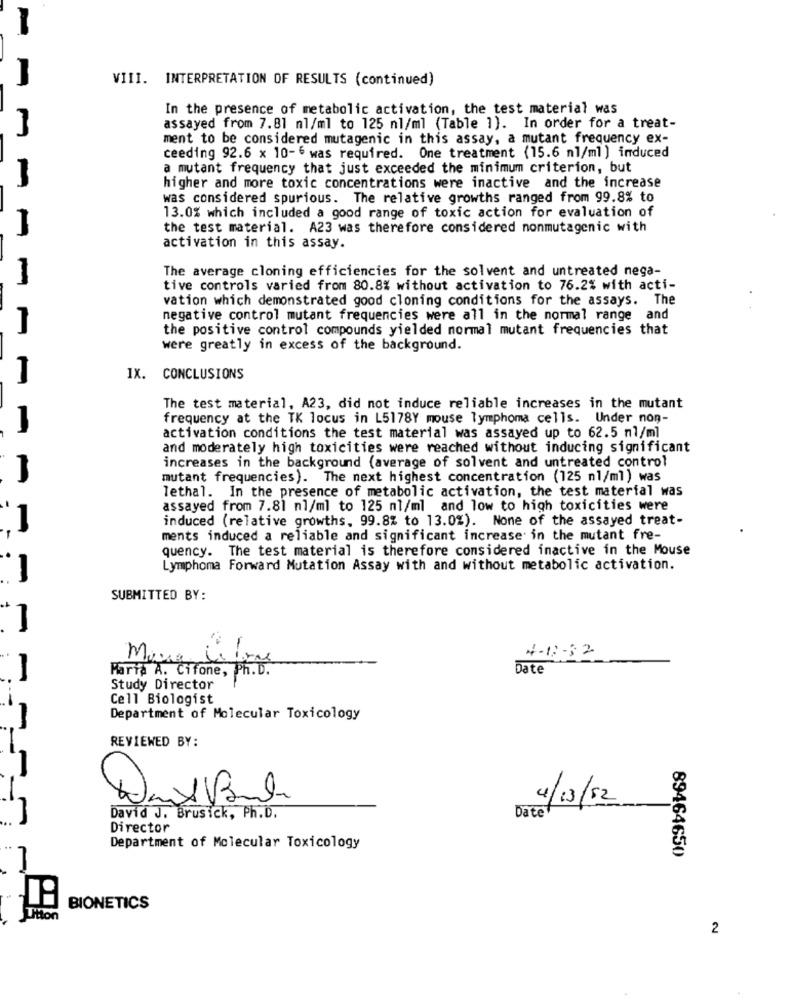
I
VIII. INTERPRETATION OF RESULTS (continued)
In the presence of metabolic activation, the test material was
assayed from 7.81 nl/ml to 125 nl/ml (Table ]). In order for a treat-
ment to be considered mutagenic in this assay, a mutant frequency ex-
ceeding 92.6 x 10-6 was required. One treatment {15.6 nl/ml ) induced
a mutant frequency that just exceeded the minimum criterion, but
higher and more toxic concentrations were inactive and the increase
was considered spurious. The relative growths ranged from 99.8% to
13.0% which included a good range of toxic action for evaluation of
the test material. A23 was therefore considered nonmutagenic with
activation in this assay.
The average cloning efficiencies for the solvent and untreated nega-
tive controls varied from 80.8% without activation to 76.2% with acti-
vation which demonstrated good cloning conditions for the assays. The
negative control mutant frequencies were all in the normal range and
the positive control compounds yielded normal mutant frequencies that
were greatly in excess of the background.
1
IX. CONCLUSIONS
The test material, A23, did not induce reliable increases in the mutant
frequency at the TK locus in L5178Y mouse lymphoma cells. Under non-
1
activation conditions the test material was assayed up to 62.5 nl/ml
and moderately high toxicities were reached without inducing significant
1
increases in the background (average of solvent and untreated control
mutant frequencies). The next highest concentration (125 nl/ml) was
lethal. In the presence of metabolic activation, the test material was
assayed from 7.81 nl/ml to 125 ml/ml and low to high toxicities were
induced (relative growths, 99.8% to 13.0%). None of the assayed treat-
1
ments induced a reliable and significant increase in the mutant fre-
quency. The test material is therefore considered inactive in the Mouse
1
Lymphoma Forward Mutation Assay with and without metabolic activation.
SUBMITTED BY:
4-12-32
Marta A. Cifone, Ph.D.
Date
Study Director
Cell Biologist
Department of Molecular Toxicology
REVIEWED BY:
4/10/52
David J. Br
. Brusick, Ph.D.
Date
Director
Department of Molecular Toxicology
89464650
BIONETICS
2